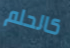
كالحلم